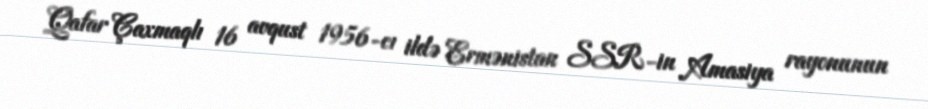
Qafar Çaxmaqlı 16 avqust 1956-cı ildə Ermənistan SSR-in Amasiya rayonunun